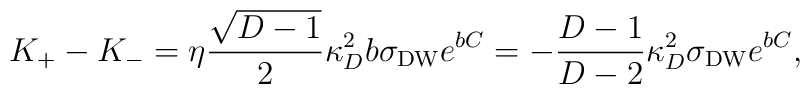
K_+-K_-=\eta{\sqrt{D-1}\over 2}\kappa^2_Db\sigma_{\rm DW}e^{bC}=-{{D-1}\over{D-2}}\kappa^2_D\sigma_{\rm DW}e^{bC},